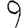
Digit: 9